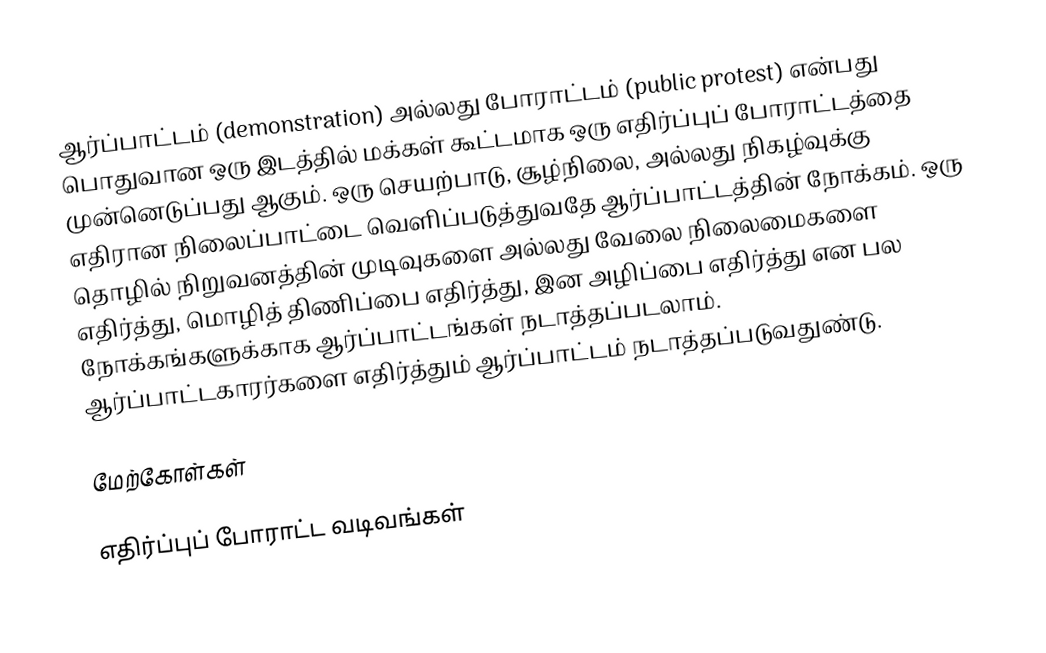
ஆர்ப்பாட்டம் (demonstration) அல்லது போராட்டம் (public protest) என்பது பொதுவான ஒரு இடத்தில் மக்கள் கூட்டமாக ஒரு எதிர்ப்புப் போராட்டத்தை முன்னெடுப்பது ஆகும். ஒரு செயற்பாடு, சூழ்நிலை, அல்லது நிகழ்வுக்கு எதிரான நிலைப்பாட்டை வெளிப்படுத்துவதே ஆர்ப்பாட்டத்தின் நோக்கம்.  ஒரு தொழில் நிறுவனத்தின் முடிவுகளை அல்லது வேலை நிலைமைகளை எதிர்த்து, மொழித் திணிப்பை எதிர்த்து, இன அழிப்பை எதிர்த்து என பல நோக்கங்களுக்காக ஆர்ப்பாட்டங்கள் நடாத்தப்படலாம். ஆர்ப்பாட்டகாரர்களை எதிர்த்தும் ஆர்ப்பாட்டம் நடாத்தப்படுவதுண்டு.

மேற்கோள்கள்

எதிர்ப்புப் போராட்ட வடிவங்கள்